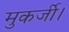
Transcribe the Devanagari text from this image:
मुकर्जी।